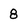
Character: 8